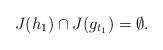
LaTeX: \begin{align*} J(h_{1})\cap J(g_{t_{1}})=\emptyset . \end{align*}